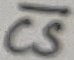
Text: CS